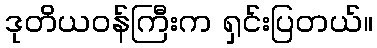
ဒုတိယဝန်ကြီးက ရှင်းပြတယ်။